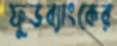
ফুডব্যাংকের